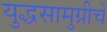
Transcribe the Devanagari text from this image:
युद्धसामुग्रीचे